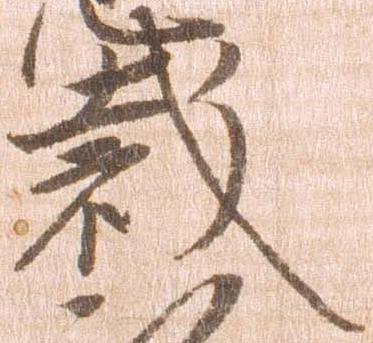
裁